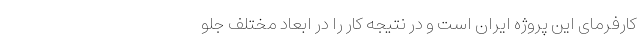
کارفرمای این پروژه ایران است و در نتیجه کار را در ابعاد مختلف جلو